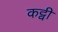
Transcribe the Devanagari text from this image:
कट्वी